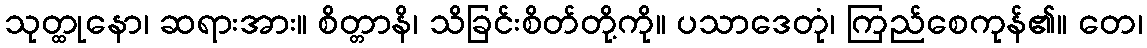
သုတ္ထုနော၊ ဆရားအား။ စိတ္တာနိ၊ သိခြင်းစိတ်တို့ကို။ ပသာဒေတုံ၊ ကြည်စေကုန်၏။ တေ၊